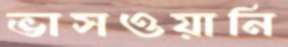
ভাসওয়ানি